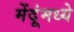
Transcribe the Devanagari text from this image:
मेंदूंमध्ये